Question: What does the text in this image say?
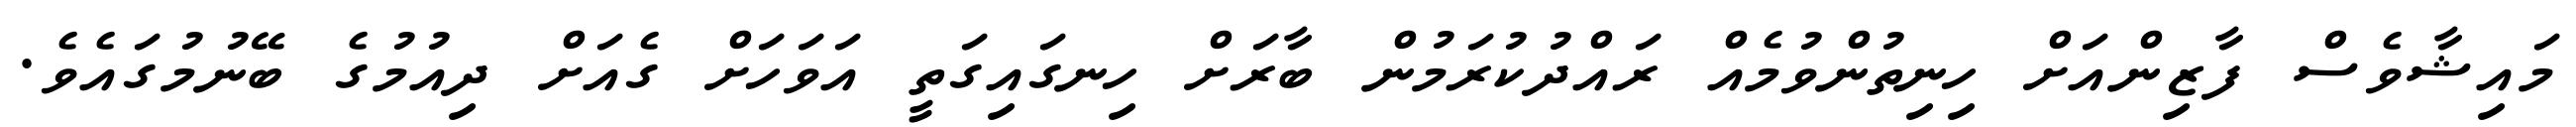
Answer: މައިޝާވެސް ފާޒިންއަށް ހިނިތުންވުމެއް ރައްދުކުރަމުން ބާރަށް ހިނގައިގަތީ އަވަހަށް ގެއަށް ދިއުމުގެ ބޭނުމުގައެވެ.